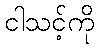
ငါသင့်ကို